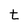
Character: t